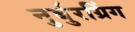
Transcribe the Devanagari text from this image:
नुर्बुरग्रिंग